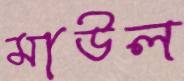
মাউল